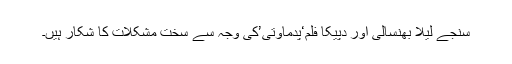
سنجے لیلا بھنسالی اور دپیکا فلم‘پدماوتی’کی وجہ سے سخت مشکلات کا شکار ہیں۔